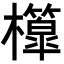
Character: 𣠘